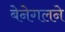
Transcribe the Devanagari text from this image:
बेनेगलने